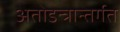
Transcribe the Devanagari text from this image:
अतोडन्त्रान्तर्गत